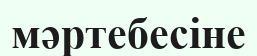
мәртебесіне